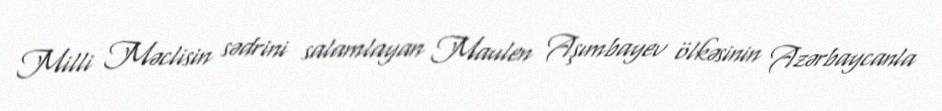
Milli Məclisin sədrini salamlayan Maulen Aşımbayev ölkəsinin Azərbaycanla